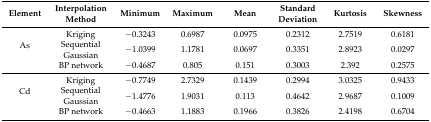
<table><thead><tr><td><b>Element</b></td><td><b>Interpolation Method</b></td><td><b>Minimum</b></td><td><b>Maximum</b></td><td><b>Mean</b></td><td><b>Standard Deviation</b></td><td><b>Kurtosis</b></td><td><b>Skewness</b></td></tr></thead><tbody><tr><td rowspan="3">As</td><td>Kriging</td><td>−0.3243</td><td>0.6987</td><td>0.0975</td><td>0.2312</td><td>2.7519</td><td>0.6181</td></tr><tr><td>Sequential Gaussian</td><td>−1.0399</td><td>1.1781</td><td>0.0697</td><td>0.3351</td><td>2.8923</td><td>0.0297</td></tr><tr><td>BP network</td><td>−0.4687</td><td>0.805</td><td>0.151</td><td>0.3003</td><td>2.392</td><td>0.2575</td></tr><tr><td rowspan="3">Cd</td><td>Kriging</td><td>−0.7749</td><td>2.7329</td><td>0.1439</td><td>0.2994</td><td>3.0325</td><td>0.9433</td></tr><tr><td>Sequential Gaussian</td><td>−1.4776</td><td>1.9031</td><td>0.113</td><td>0.4642</td><td>2.9687</td><td>0.1009</td></tr><tr><td>BP network</td><td>−0.4663</td><td>1.1883</td><td>0.1966</td><td>0.3826</td><td>2.4198</td><td>0.6704</td></tr></tbody></table>